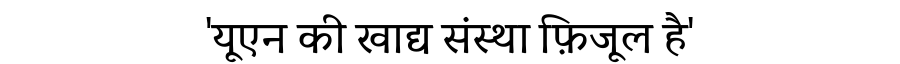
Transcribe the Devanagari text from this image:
'यूएन की खाद्य संस्था फ़िजूल है'